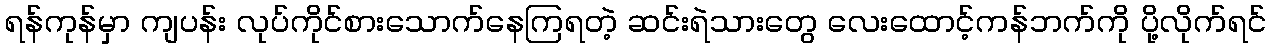
ရန်ကုန်မှာ ကျပန်း လုပ်ကိုင်စားသောက်နေကြရတဲ့ ဆင်းရဲသားတွေ လေးထောင့်ကန်ဘက်ကို ပို့လိုက်ရင်